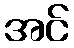
အင်